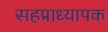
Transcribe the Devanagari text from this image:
सहप्राध्यापक